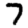
Digit: 7